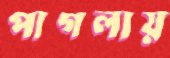
পাগলায়